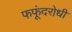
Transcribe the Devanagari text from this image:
फफूंदरोधी